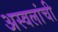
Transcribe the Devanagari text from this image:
अस्वलांची